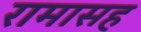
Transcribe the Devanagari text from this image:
रामासह